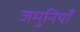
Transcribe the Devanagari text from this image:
जमुनियाँ